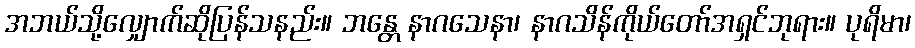
အဘယ်သို့လျှောက်ဆိုပြန်သနည်း။ ဘန္တေ နာဂသေနာ၊ နာဂသိန်ကိုယ်တော်အရှင်ဘုရား။ ပုရိမာ၊